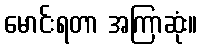
မောင်းရတာ အကြာဆုံး။